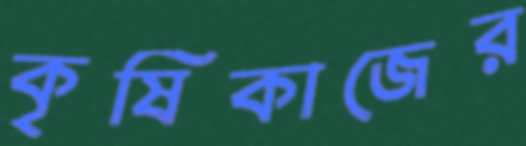
কৃষিকাজের